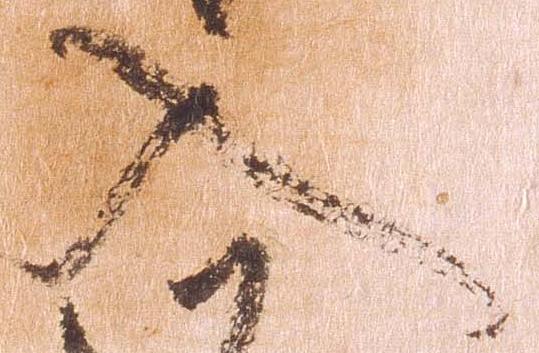
入